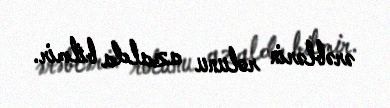
ərəblərin rolunu azalda bilmir.